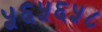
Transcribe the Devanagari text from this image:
५६५६५८